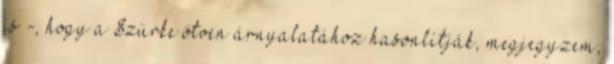
is -, hogy a Szürke ötven árnyalatához hasonlítják, megjegyzem,